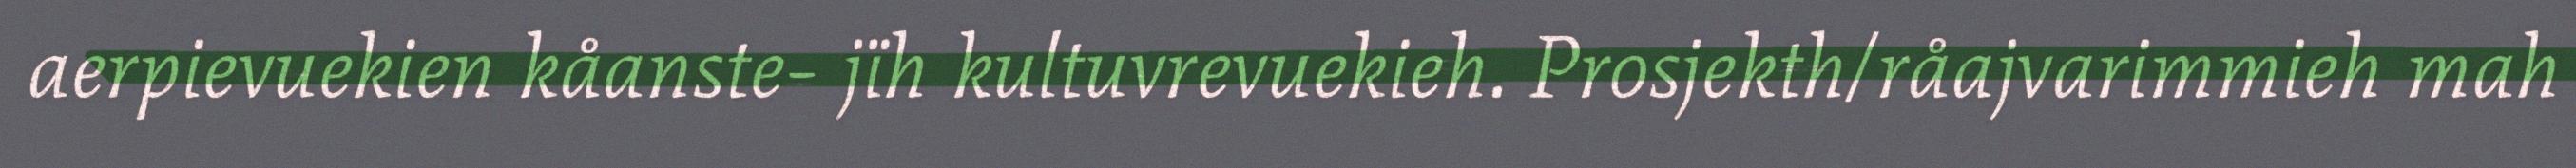
aerpievuekien kåanste- jïh kultuvrevuekieh. Prosjekth/råajvarimmieh mah